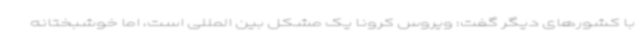
با کشورهای دیگر گفت: ویروس کرونا یک مشکل بین المللی است، اما خوشبختانه